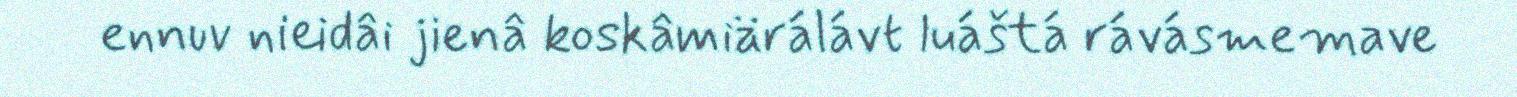
ennuv nieidâi jienâ koskâmiärálávt luáštá rávásmemave